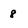
Character: 8